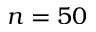
n = 5 0